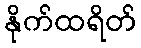
နိုက်ထရိတ်